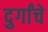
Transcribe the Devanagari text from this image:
दुर्गांचे